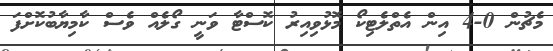
މެޗުން 0-4 އިން އެތްލެޓިކޯ މޮޅުވިއިރު ކޮސްޓާ ވަނީ ގޯލެއް ވެސް ކާމިޔާބުކޮށްފަ